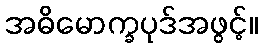
အဓိမောက္ခပုဒ်အဖွင့်။